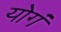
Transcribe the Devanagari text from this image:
योगं